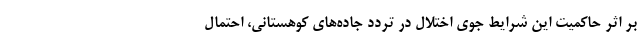
بر اثر حاکمیت این شرایط جوی اختلال در تردد جاده‌های کوهستانی، احتمال